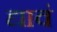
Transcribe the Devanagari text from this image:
द्यावं